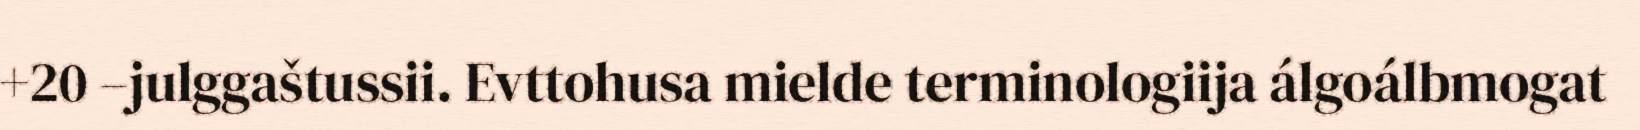
+20 –julggaštussii. Evttohusa mielde terminologiija álgoálbmogat